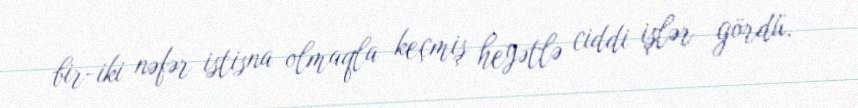
bir-iki nəfər istisna olmaqla keçmiş heyətlə ciddi işlər gördü.